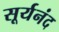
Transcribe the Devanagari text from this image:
सूर्यनंद